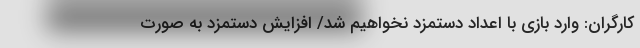
کارگران: وارد بازی با اعداد دستمزد نخواهیم شد/ افزایش دستمزد به صورت